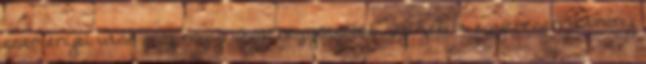
eseményei után egy nagy, akár négyötödös győzelem egyenesen botrány